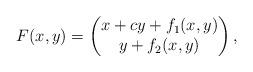
LaTeX: \begin{align*} F(x, y) &= \begin{pmatrix}x + c y + f_1(x,y) \\ y + f_2(x,y)\end{pmatrix} ,\end{align*}